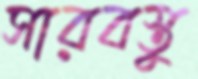
সারবস্তু